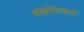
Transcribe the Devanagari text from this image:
बाह्यएंजाइमों